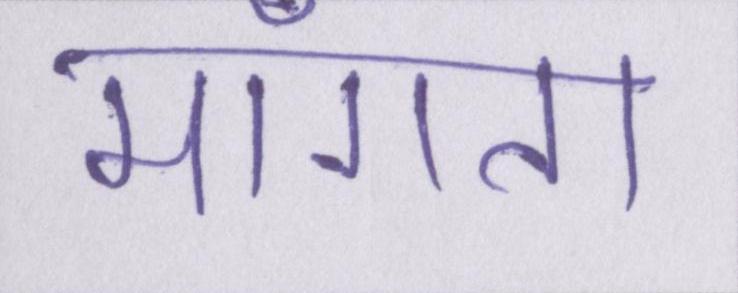
माँगता